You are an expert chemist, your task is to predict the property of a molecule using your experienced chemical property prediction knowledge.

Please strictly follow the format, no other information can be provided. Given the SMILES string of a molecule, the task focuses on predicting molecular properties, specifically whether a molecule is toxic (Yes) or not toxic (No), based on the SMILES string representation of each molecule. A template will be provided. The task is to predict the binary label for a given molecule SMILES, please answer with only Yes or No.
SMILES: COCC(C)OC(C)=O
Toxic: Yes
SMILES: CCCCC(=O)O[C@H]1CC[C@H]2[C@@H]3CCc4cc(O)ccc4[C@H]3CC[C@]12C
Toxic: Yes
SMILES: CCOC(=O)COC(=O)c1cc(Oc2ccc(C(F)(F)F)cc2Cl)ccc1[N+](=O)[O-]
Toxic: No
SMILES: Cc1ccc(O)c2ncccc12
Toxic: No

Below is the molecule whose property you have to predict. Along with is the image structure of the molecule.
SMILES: CCCc1ncc(C[n+]2ccccc2C)c(N)n1
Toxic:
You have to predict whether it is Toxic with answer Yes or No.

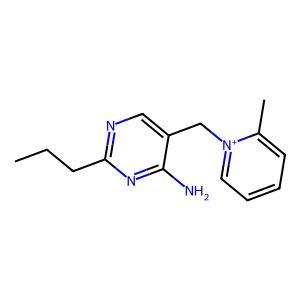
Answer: No